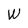
Character: W